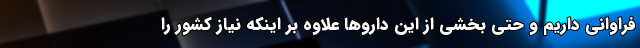
فراوانی داریم و حتی بخشی از این داروها علاوه بر اینکه نیاز کشور را